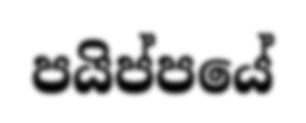
පයිප්පයේ